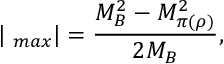
| { \bf \Delta } _ { m a x } | = \frac { M _ { B } ^ { 2 } - M _ { \pi ( \rho ) } ^ { 2 } } { 2 M _ { B } } ,